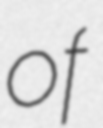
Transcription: of